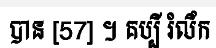
បាន [57] ។ គប្បី រំលឹក